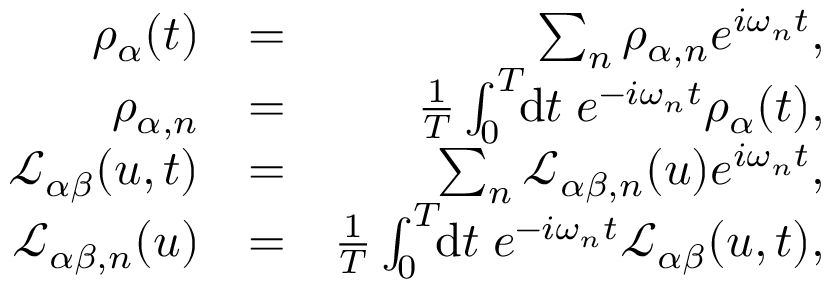
\begin{array} { r l r } { \rho _ { \alpha } ( t ) } & { = } & { \sum _ { n } \rho _ { \alpha , n } e ^ { i \omega _ { n } t } , } \\ { \rho _ { \alpha , n } } & { = } & { \frac { 1 } { T } \int _ { 0 } ^ { T } \! \! \mathrm { d } t \; e ^ { - i \omega _ { n } t } \rho _ { \alpha } ( t ) , } \\ { \mathcal { L } _ { \alpha \beta } ( u , t ) } & { = } & { \sum _ { n } \mathcal { L } _ { \alpha \beta , n } ( u ) e ^ { i \omega _ { n } t } , } \\ { \mathcal { L } _ { \alpha \beta , n } ( u ) } & { = } & { \frac { 1 } { T } \int _ { 0 } ^ { T } \! \! \mathrm { d } t \; e ^ { - i \omega _ { n } t } \mathcal { L } _ { \alpha \beta } ( u , t ) , } \end{array}